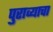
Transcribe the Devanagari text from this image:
पुराव्याचा